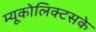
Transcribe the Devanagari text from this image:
म्यूकोलिक्टसके